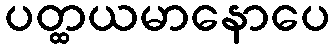
ပတ္ထယမာနောပေ